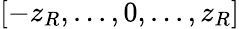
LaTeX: [-z_{R},...,0,...,z_{R}]